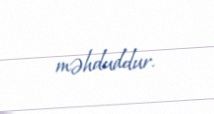
məhduddur.